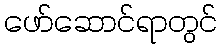
ဖော်ဆောင်ရာတွင်